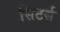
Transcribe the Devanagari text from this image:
सिटर्स